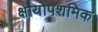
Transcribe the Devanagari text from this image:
क्षायोपशमिक